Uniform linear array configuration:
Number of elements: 24
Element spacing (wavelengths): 0.5
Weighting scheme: uniform
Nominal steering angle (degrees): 15
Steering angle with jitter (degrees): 16.042
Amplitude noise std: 0.05
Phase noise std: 0.05

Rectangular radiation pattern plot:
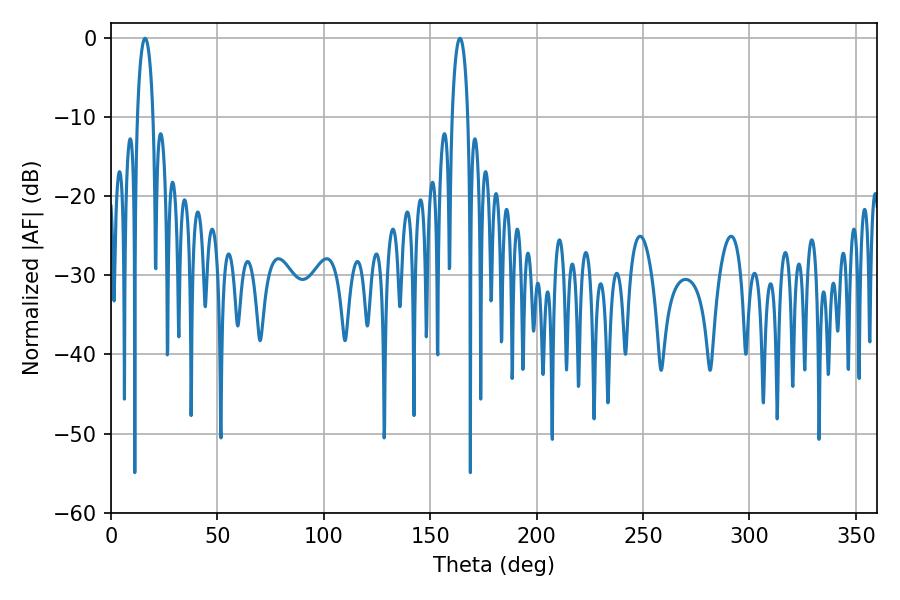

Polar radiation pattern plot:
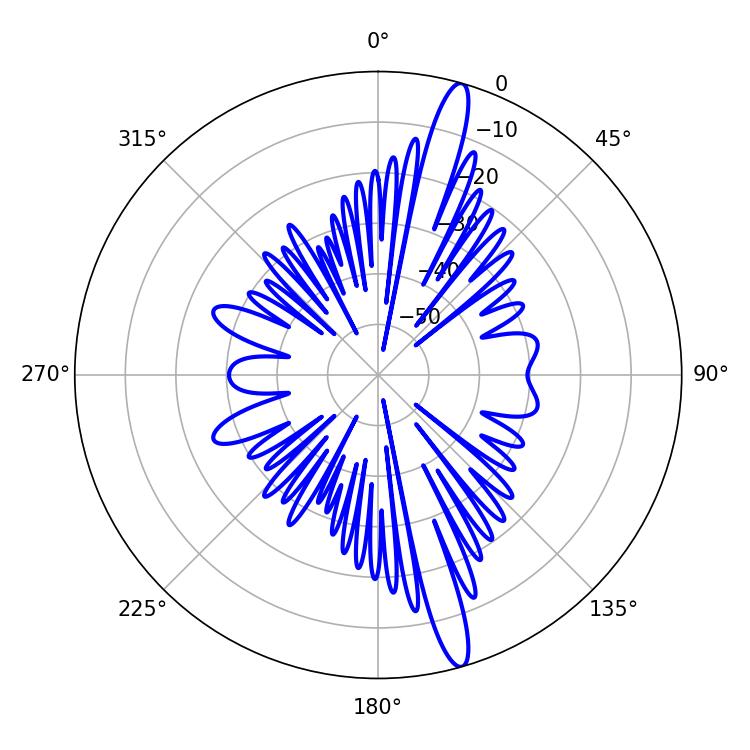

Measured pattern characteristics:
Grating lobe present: FALSE
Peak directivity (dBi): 16.229
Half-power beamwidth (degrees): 4.32
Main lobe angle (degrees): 16.02